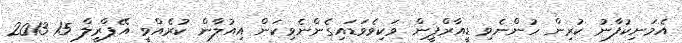
އެމަނިކުފާނު ކުރިން ހުންނެވި ޑީއާރްޕީން ވަކިވެވަޑައިގެންނެވިކަން އިއުލާން ކުރެއްވީ އޭޕްރީލް 15 2013